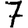
Digit: 7